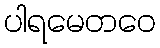
ပါရမေတဝေ